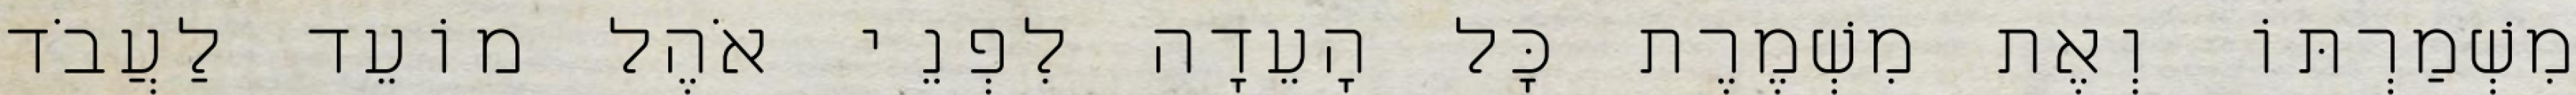
מִשְׁמַרְתּוֹ וְאֶת מִשְׁמֶרֶת כָּל הָעֵדָה לִפְנֵי אֹהֶל מוֹעֵד לַעֲבֹד